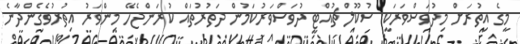
މީގެ އިތުރަށް މިދުވަސްވަރަކީ ސުކޫލް ޗުއްޓީ ދުވަސްވަރުކަމުން ދަތުރުތައް ކުރަންޖެހޭ މިންވަރު އިތުރުވެގެންދާނެ